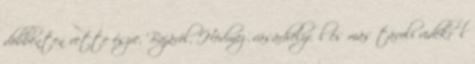
döbbenten vette észre, Bajáról, Hódmezővásárhelyről és más távoli vidékről